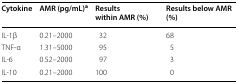
| Cytokine | AMR (pg/mL)a | Results within AMR (%) | Results below AMR (%) |
 | --- | --- | --- | --- |
 | IL-1β | 0.21–2000 | 32 | 68 |
 | TNF-α | 1.31–5000 | 95 | 5 |
 | IL-6 | 0.52–2000 | 97 | 3 |
 | IL-10 | 0.21–2000 | 100 | 0 |